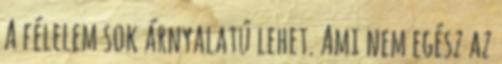
A félelem sok árnyalatú lehet. Ami nem egész az